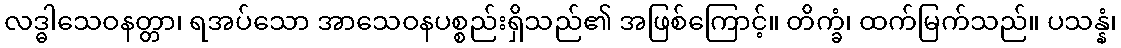
လဒ္ဓါသေဝနတ္တာ၊ ရအပ်သော အာသေဝနပစ္စည်းရှိသည်၏ အဖြစ်ကြောင့်။ တိက္ခံ၊ ထက်မြက်သည်။ ပသန္နံ၊